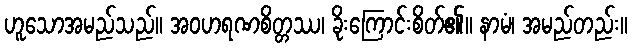
ဟူသောအမည်သည်။ အဝဟရဏစိတ္တဿ၊ ခိုးကြောင်းစိတ်၏။ နာမံ၊ အမည်တည်း။